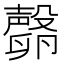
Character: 𣫘